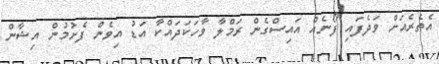
އެތެރެއަށް ވަދެފައި ފޯނެއް އައިސްގެން ރަމްލާ ވާހަކަދައްކާ އަޑު އިވެން ފެށުމުން އިޝާން